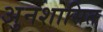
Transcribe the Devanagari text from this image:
अुनशासित